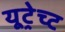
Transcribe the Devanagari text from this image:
यूट्रेच्ट